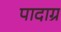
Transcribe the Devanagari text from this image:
पादाग्र